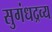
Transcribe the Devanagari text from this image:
सुगंधद्रव्य